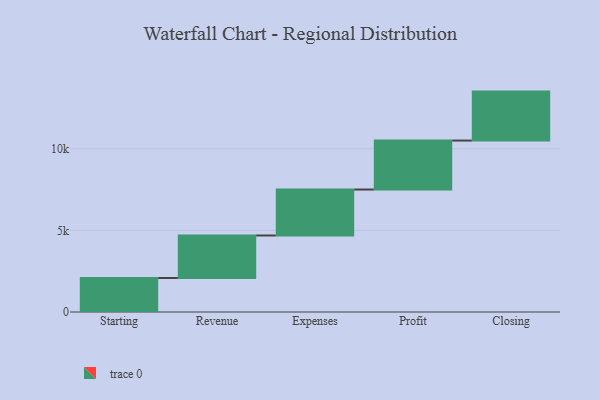
{"axis": {"x": "Step", "y": "Value"}, "legend": [""], "data": [{"x": "Starting", "y": 2083.0, "type": ""}, {"x": "Revenue", "y": 2605.0, "type": ""}, {"x": "Expenses", "y": 2816.0, "type": ""}, {"x": "Profit", "y": 3000, "type": ""}, {"x": "Closing", "y": 3000, "type": ""}]}